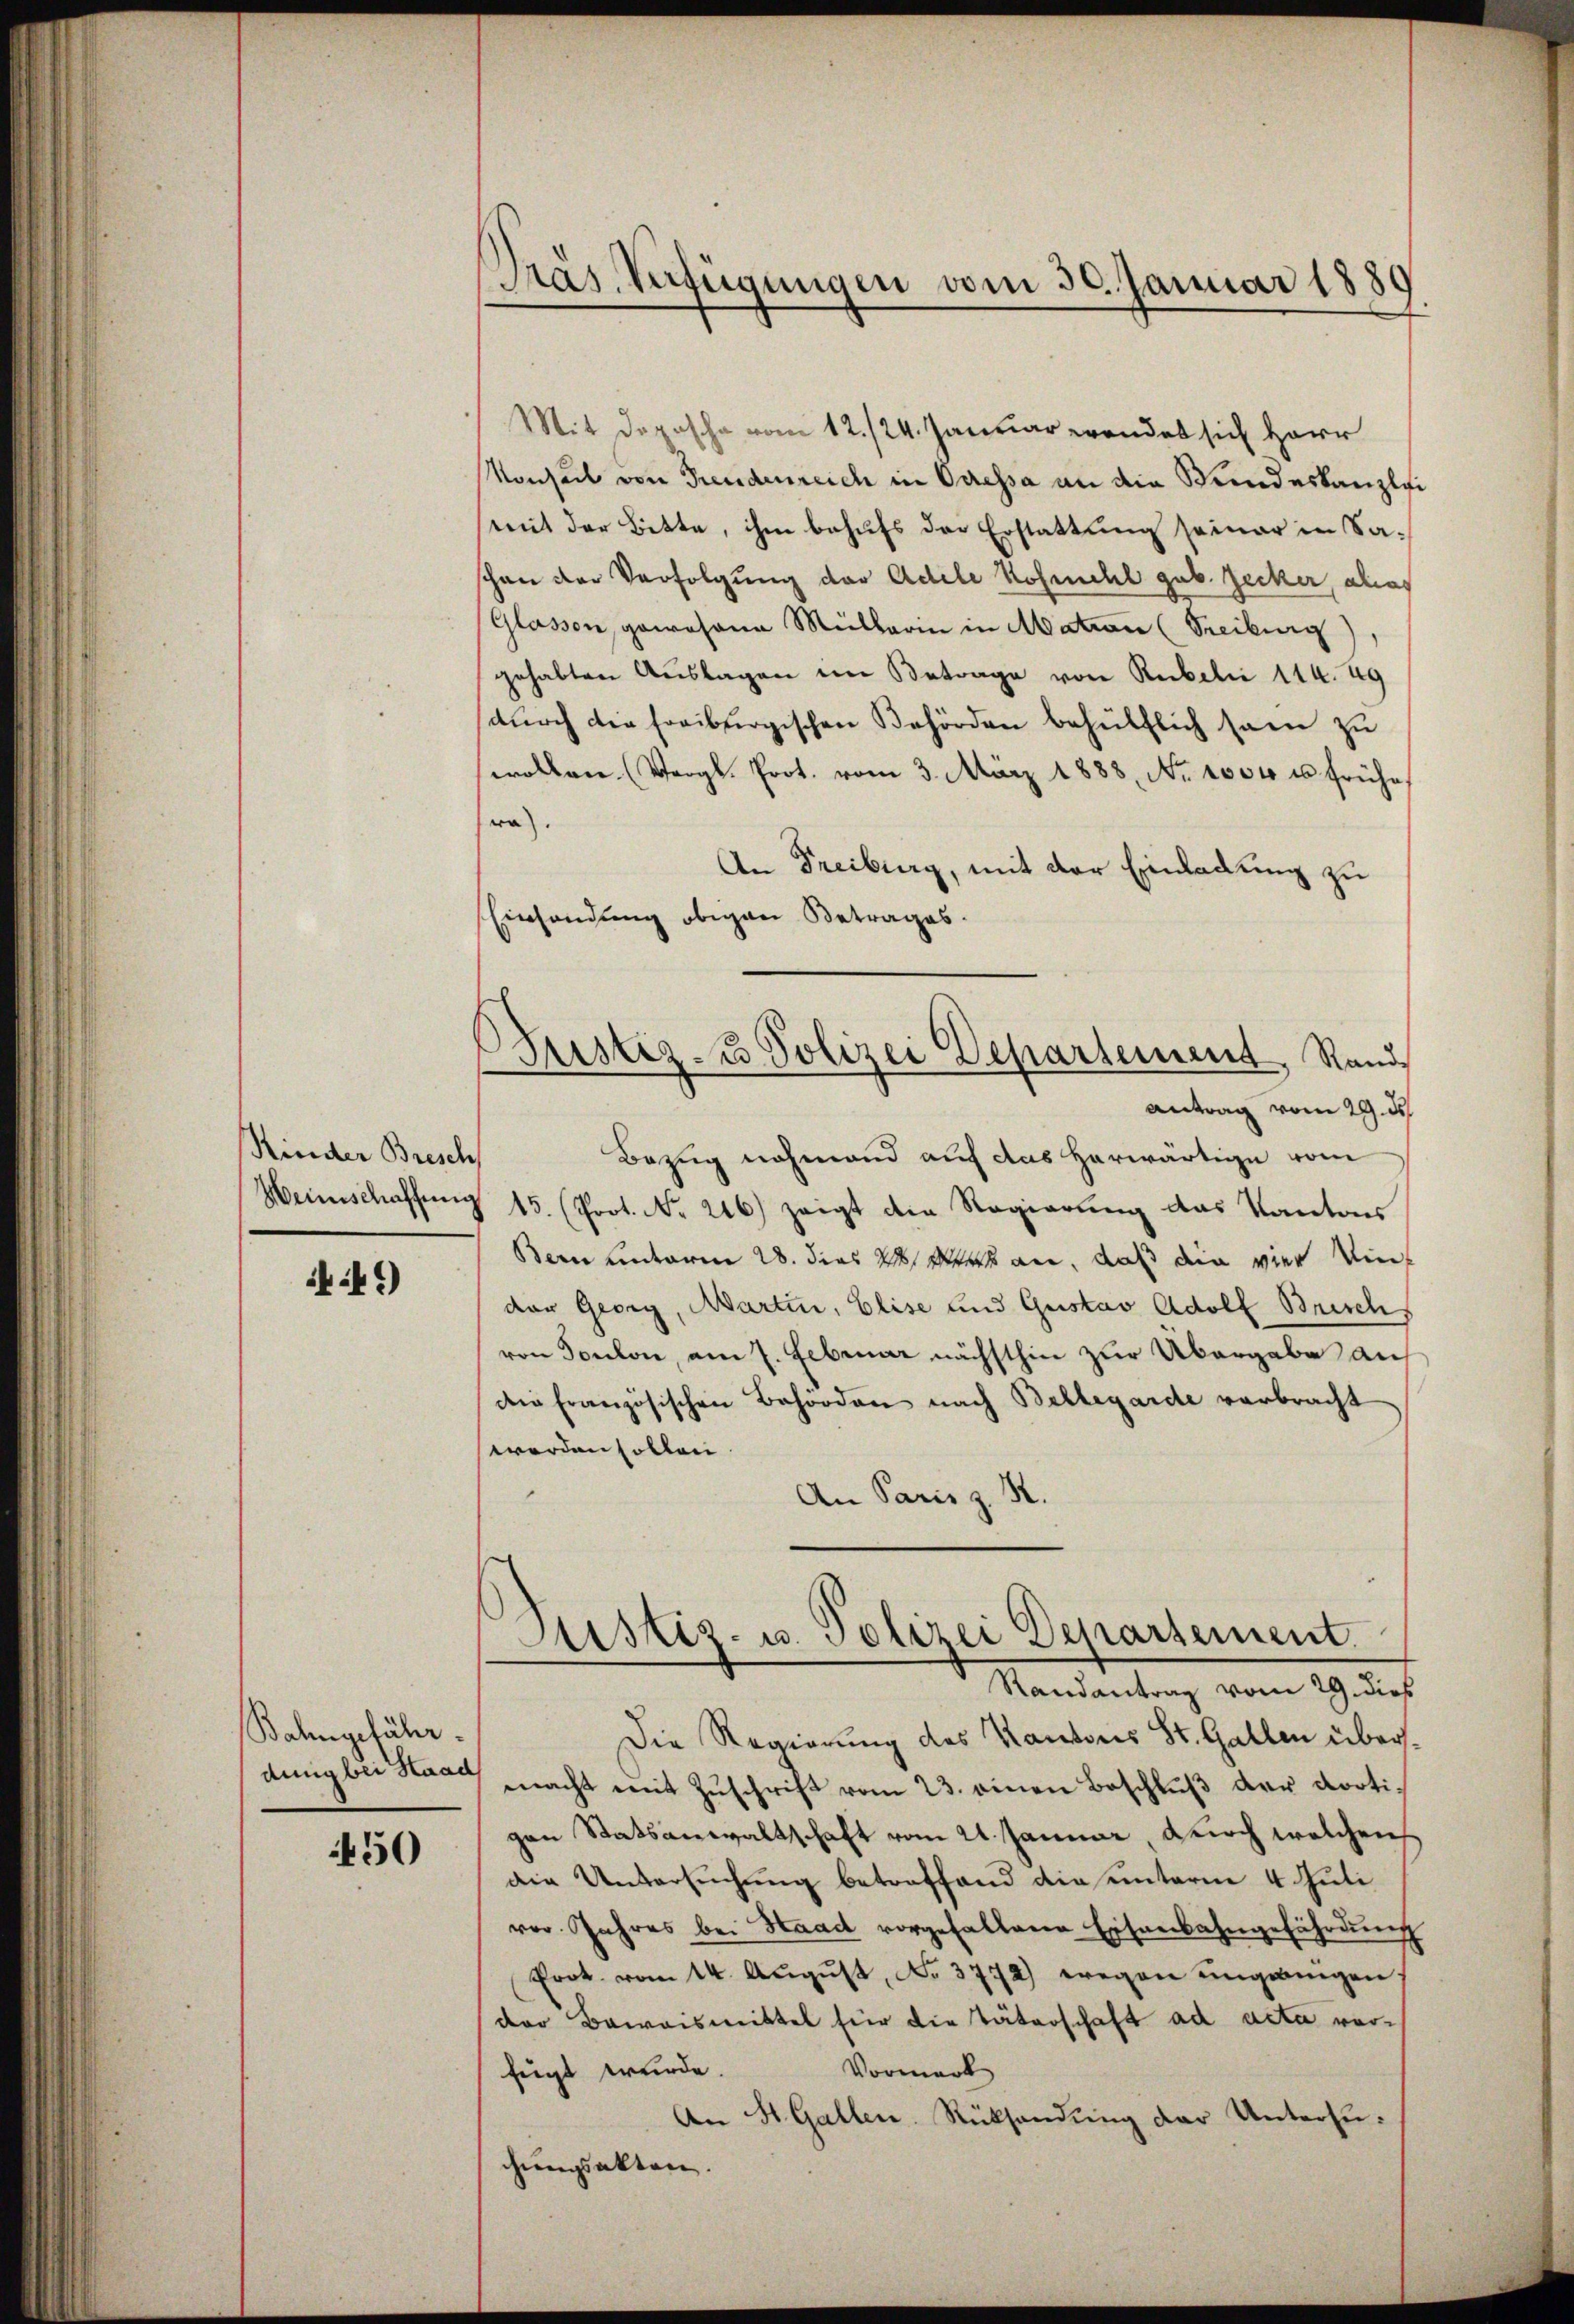
Rinder Bresch
Weinschaffung

446)

Bahngefährdung bei Haad

450

Pras Verfügungen vom 30. Januar 1889

Mit Deposche vom 12. 124. Januar wendet sich Herr
Monheil von Freudenreich in Oressa an die Stundeskanzlei
mit der Bitte, ihm behufs der Erstattung seiner in Saschon der Verfolgung der Adele Kosmehl geb. Zucker, alias
Glassen, gewesene Müllerin in Mation (Treiburg)
gehabten Auslagen im Betrage von Rubeln 114. 49
durch die Freiburgischen Behörden behülflich sein zu
wollen. (Vergl. Prot. vom 3. März 1888. No. 1004 u frühe
ra.
An Freiburg, mit der Einladung zu
Einsendung obigen Betrages.
Bezug nehmend auf das herwärtige vom
15. (Prot. No. 216) zeigt die Regierung das Kantons
Bern unterm 28. dies 2 Werk an, daß die vier Winder Georg, Martin, Elise und Gustav Adolf Brisch
von Toulon, am 7. Februar nächsthin zur Übergabe auf
die französischen Behörden nach Bellegarde verbracht
werden sollen
An Paris z. R.
Astiz- u. Polizei Departement.
Randantrag vom 29. dieß
Die Regierung des Kantons St. Gallen übermacht mit Zŭschrift vom 23. einen Beschlŭβ der dortigen Statsanwaltschaft vom 21. Januar, durch welchen
die Untersuchung betreffend die unterm 4 Juli
vor. Jahres bei Haad vorgefallene Eisenbahngefährdung
Prot. vom 14. Aŭgŭst No. 3772) wegen ungangen,
der Beweismittel für die Täterschaft ad acta vor¬
Vormerk
feigt wurde.
An H. Gallen-Rücksendung der Untersuchungsakten.

Bustiz- u Polizei Departement, Rand
Antrag vom 29. ds.